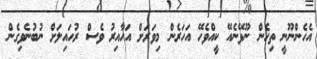
އެހެންނޫނީ ތިހެން ނޫޅޭނެއޭ ކީއްވެހޭ އަހަރެން މިވަރަށް އަހާއިރު ވެސް ރުހައިލަށް ނުބުނެވިގެން